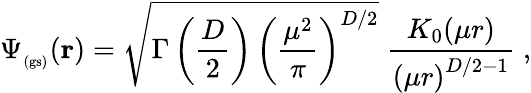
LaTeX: \Psi_{_\mathrm{(gs)}}({\mathbf r})=\sqrt{\Gamma\left(\frac{D}{2}\right)\, \left(\frac{\mu^{2}}{\pi}\right)^{D/2}}\; \frac{K_{0}(\mu r)}{\left(\mu r\right)^{D/2-1}}\; ,